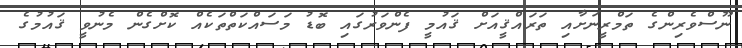
ނޫސްވެރިންގެ ތަމްރީނަށާއި ތަރައްޤީއަށް ޤައުމީ ފެންވަރުގައި ބޮޑު މަސައްކަތްތަކެއް ކޮށްގެން މެނުވީ ޤައުމުގެ